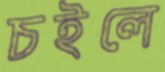
চইলে